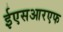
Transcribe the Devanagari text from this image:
ईएसआरएफ